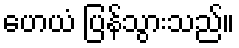
ဟေယံ ပြန်သွားသည်။